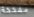
مفخخة